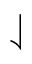
\downharpoonleft